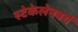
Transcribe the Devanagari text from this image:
स्टेकेलेनबर्ग